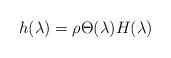
LaTeX: \begin{align*}h(\lambda) =\rho \Theta(\lambda)H(\lambda)\end{align*}